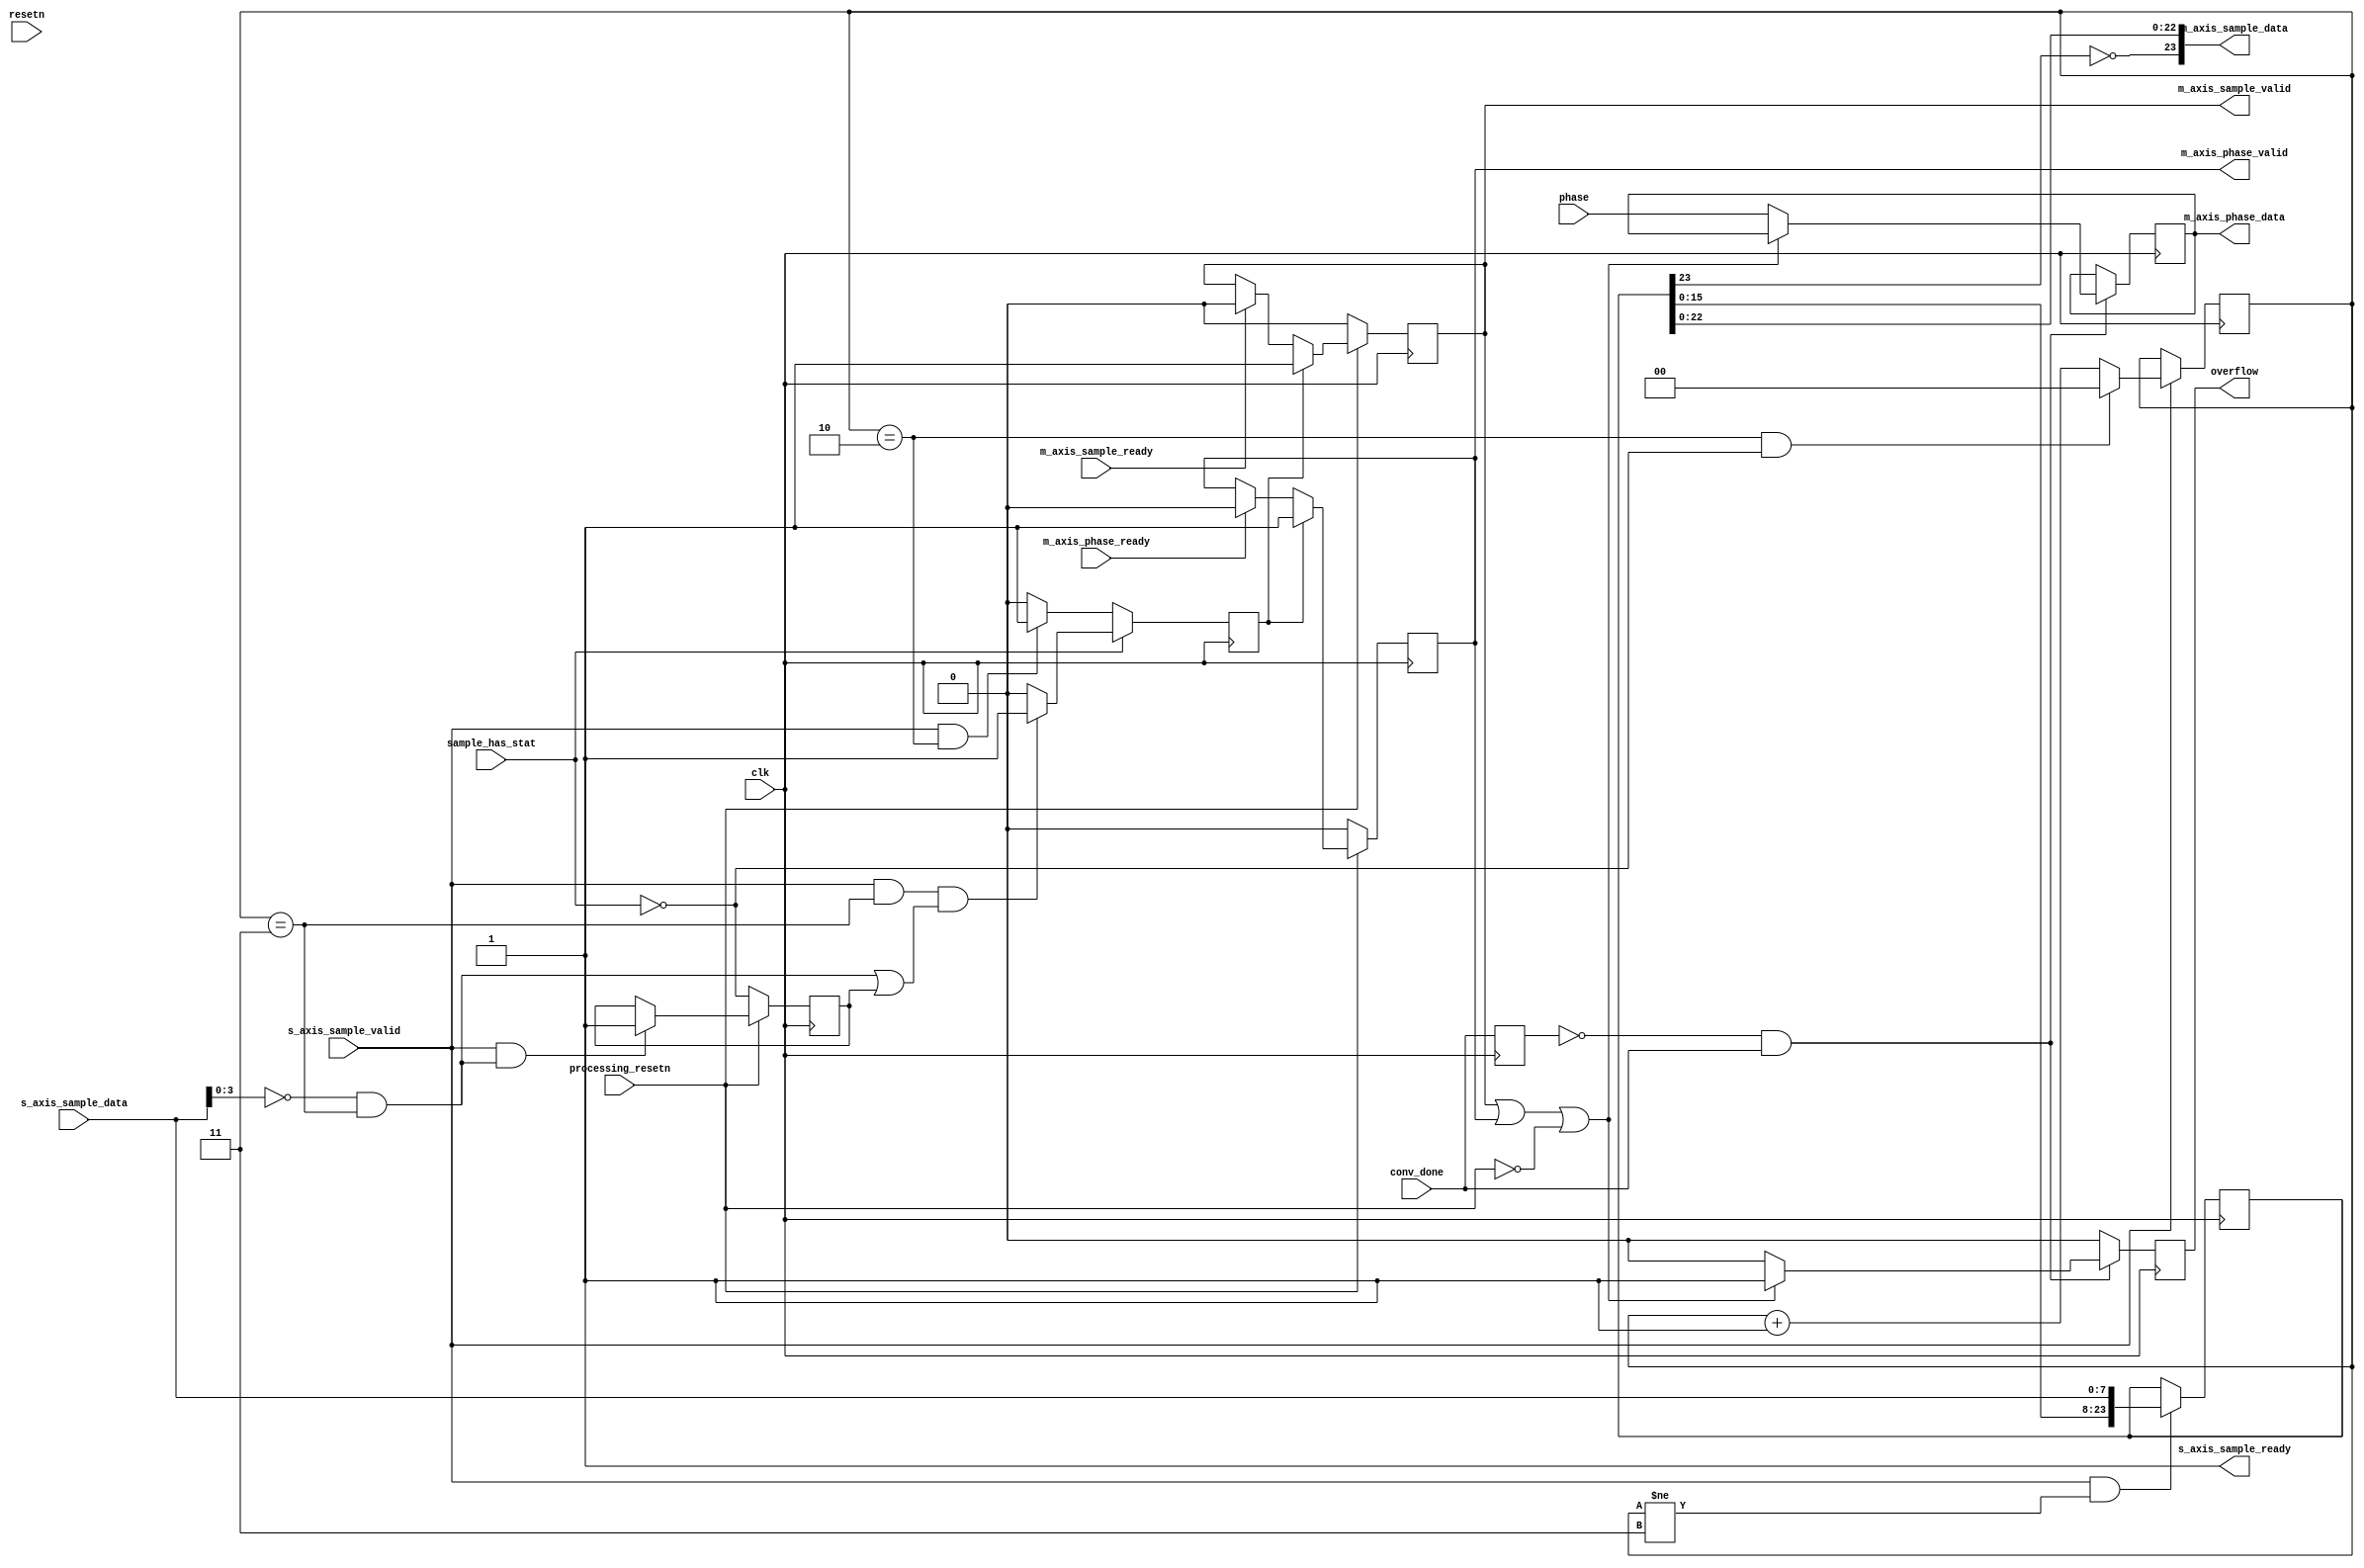
module cn0363_phase_data_sync (
	input clk,
	input resetn,

	input processing_resetn,

	output s_axis_sample_ready,
	input s_axis_sample_valid,
	input [7:0] s_axis_sample_data,

	input sample_has_stat,

	input conv_done,
	input [31:0] phase,

	output reg m_axis_sample_valid,
	input m_axis_sample_ready,
	output [23:0] m_axis_sample_data,

	output reg m_axis_phase_valid,
	input m_axis_phase_ready,
	output [31:0] m_axis_phase_data,

	output reg overflow
);

reg [1:0] data_counter = 'h00;

reg [31:0] phase_hold = 'h00;
reg [23:0] sample_hold = 'h00;
reg sample_hold_valid = 1'b0;
reg conv_done_d1 = 1'b0;

reg synced = 1'b0;
wire sync;

/* The ADC will do conversions regardless of whether the pipeline is ready or
   not. So we'll always accept new samples and assert overflow if necessary if
   the pipeline is not ready. */
assign s_axis_sample_ready = 1'b1;

// Conversion from offset binary to signed on data
assign m_axis_sample_data = {~sample_hold[23],sample_hold[22:0]};
assign m_axis_phase_data = phase_hold;

always @(posedge clk) begin
	if (conv_done_d1 == 1'b0 && conv_done == 1'b1) begin
		// Is the processing pipeline ready to accept data?
		if (m_axis_sample_valid | m_axis_phase_valid | ~processing_resetn) begin
			overflow <= 1'b1;
		end else begin
			phase_hold <= phase;
			overflow <= 1'b0;
		end
	end else begin
		overflow <= 1'b0;
	end
	conv_done_d1 <= conv_done;
end

always @(posedge clk) begin
	if (processing_resetn == 1'b0) begin
		m_axis_phase_valid <= 1'b0;
		m_axis_sample_valid <= 1'b0;
	end else begin
		/* Data and phase become valid once we have both */
		if (sample_hold_valid == 1'b1) begin
			m_axis_phase_valid <= 1'b1;
			m_axis_sample_valid <= 1'b1;
		end else begin
			if (m_axis_phase_ready == 1'b1) begin
				m_axis_phase_valid <= 1'b0;
			end
			if (m_axis_sample_ready == 1'b1) begin
				m_axis_sample_valid <= 1'b0;
			end
		end
	end
end

/* If the STAT register is included in the sample we get 4 bytes per sample and
 * are able to detect channel swaps and synchronize the first output sample to
 * the first channel. If the STAT register is not included we only get 3 bytes
 * per sample and rely on that the first sample will always be from the first
 * channel */

always @(posedge clk) begin
	sample_hold_valid <= 1'b0;
	if (sample_has_stat == 1'b0) begin
		if (s_axis_sample_valid == 1'b1 && data_counter == 2'h2) begin
			sample_hold_valid <= 1'b1;
		end
	end else begin
		if (s_axis_sample_valid == 1'b1 && data_counter == 2'h3 &&
			(sync == 1'b1 || synced == 1'b1)) begin
			sample_hold_valid <= 1'b1;
		end
	end
end

always @(posedge clk) begin
	if (s_axis_sample_valid == 1'b1 && data_counter != 2'h3) begin
		sample_hold <= {sample_hold[15:0],s_axis_sample_data};
	end
end

always @(posedge clk) begin
	if (s_axis_sample_valid == 1'b1) begin
		if (data_counter == 2'h2 && sample_has_stat == 1'b0) begin
			data_counter <= 2'h0;
		end else begin
			data_counter <= data_counter + 1'b1;
		end
	end
end

assign sync = s_axis_sample_data[3:0] == 'h00 && data_counter == 'h3;

always @(posedge clk) begin
	if (processing_resetn == 1'b0) begin
		synced <= ~sample_has_stat;
	end else begin
		if (s_axis_sample_valid == 1'b1 && sync == 1'b1) begin
			synced <= 1'b1;
		end
	end
end

endmodule